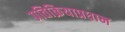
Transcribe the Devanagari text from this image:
प्रतिक्रियाप्रधान